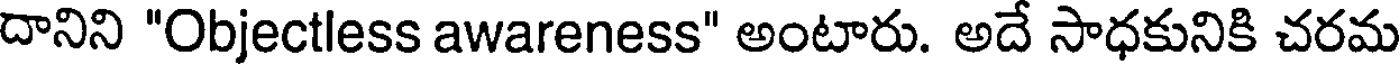
దానిని "Objectless awareness" అంటారు. అదే సాధకునికి చరమ